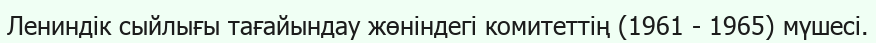
Лениндік сыйлығы тағайындау жөніндегі комитеттің (1961 - 1965) мүшесі.